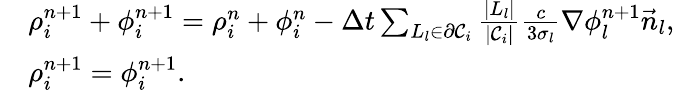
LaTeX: \begin{array}{rl}&{\rho_{i}^{n+1}+\phi_{i}^{n+1}=\rho_{i}^{n}+\phi_{i}^{n}-\Delta t\sum_{L_{l}\in\partial\mathcal{C}_{i}}\frac{|L_{l}|}{|\mathcal{C}_{i}|}\frac{c}{3\sigma_{l}}\nabla\phi_{l}^{n+1}\vec{n}_{l},}\\ &{\rho_{i}^{n+1}=\phi_{i}^{n+1}.}\end{array}